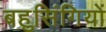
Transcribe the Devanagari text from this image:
बहुसिंगियों